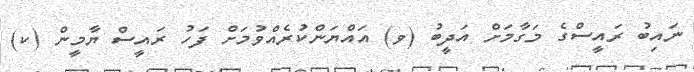
ނައިބު ރައީސްގެ މަގާމަށް އަދީބު (ވ) އައްޔަންކުރެއްވުމަށް ފަހު ރައީސް ޔާމީން (ކ)